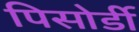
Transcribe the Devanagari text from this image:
पिसोर्डी